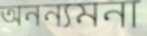
অনন্যমনা